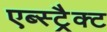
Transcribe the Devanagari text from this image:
एब्स्ट्रैक्ट